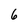
Character: 6